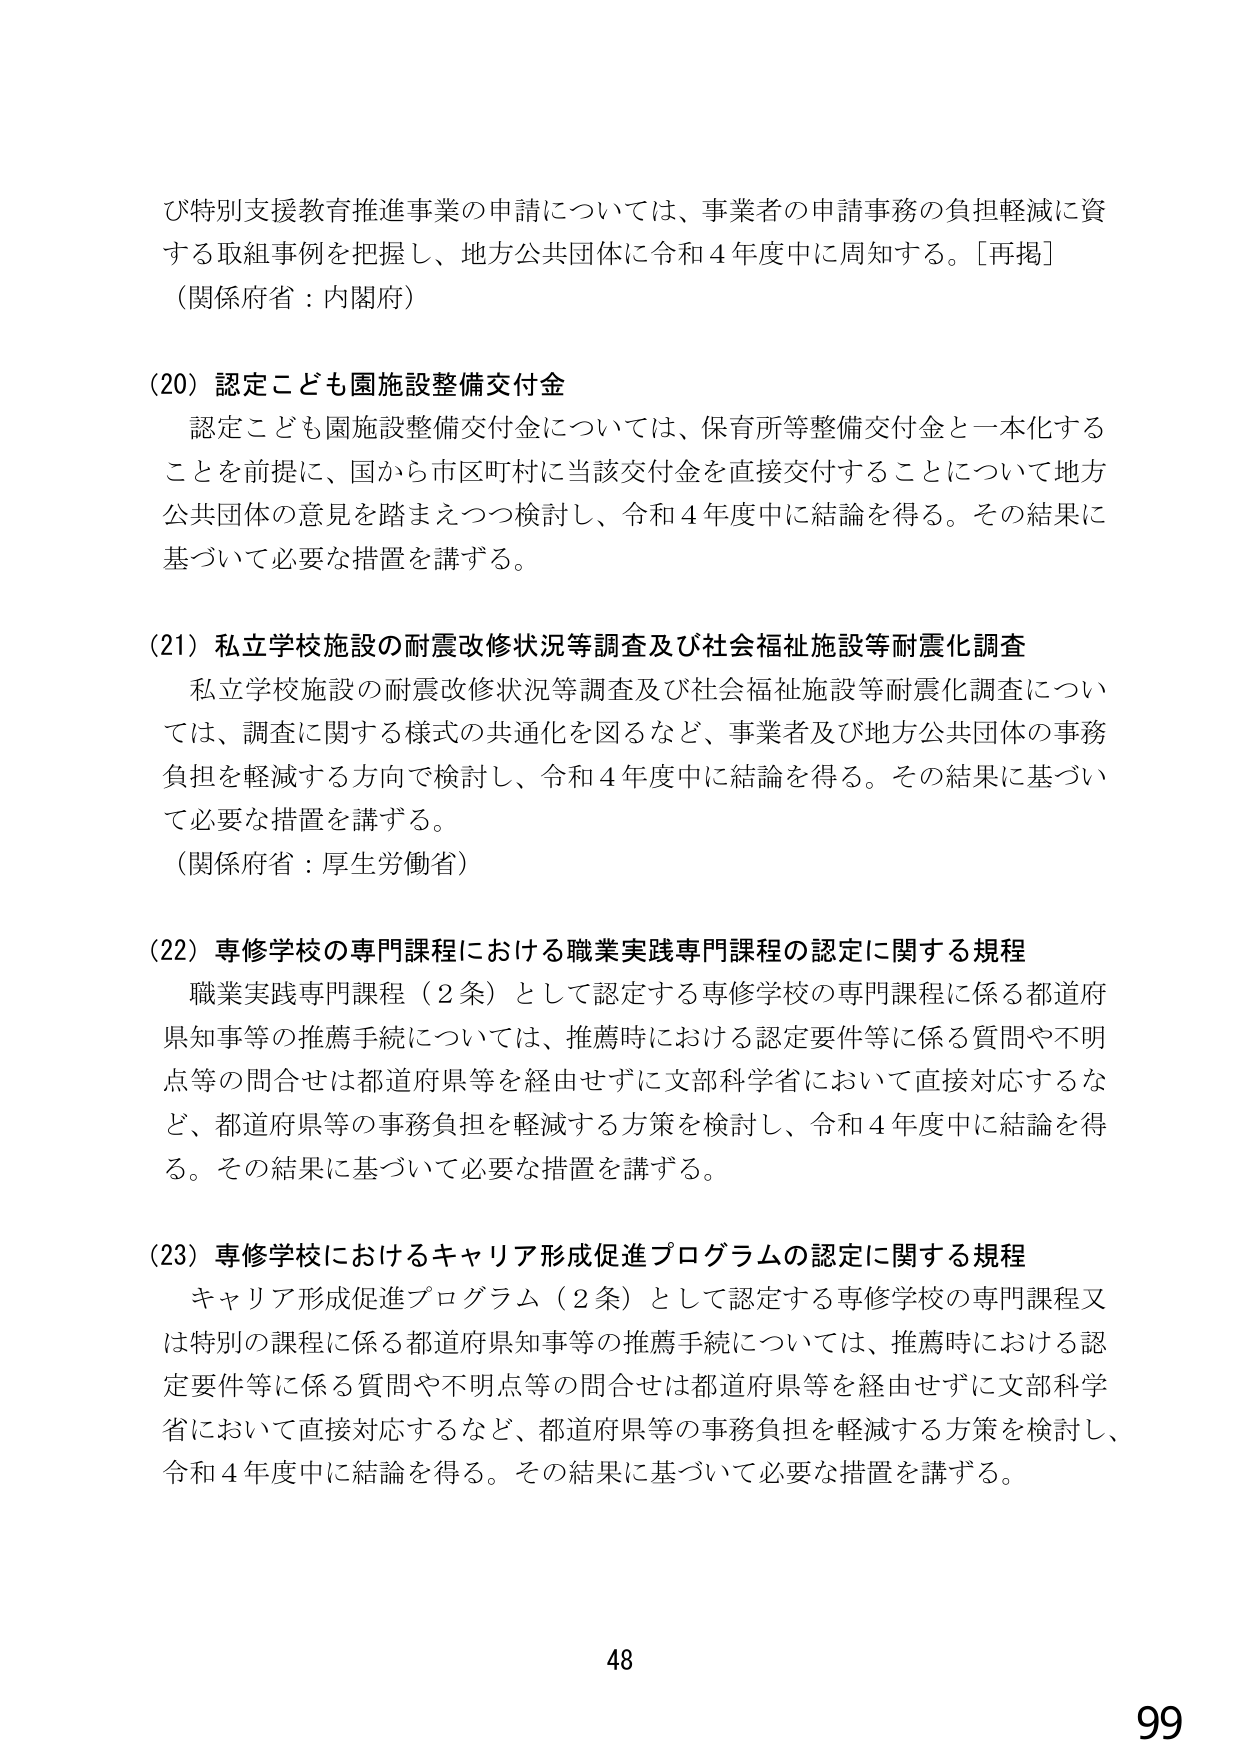
び特別支援教育推進事業の申請については、事業者の申請事務の負担軽減に資する取組事例を把握し、地方公共団体に令和４年度中に周知する。［再掲］
（関係府省：内閣府）

（20）認定こども園施設整備交付金
　認定こども園施設整備交付金については、保育所等整備交付金と一本化することを前提に、国から市区町村に当該交付金を直接交付することについて地方公共団体の意見を踏まえつつ検討し、令和４年度中に結論を得る。その結果に基づいて必要な措置を講ずる。

（21）私立学校施設の耐震改修状況等調査及び社会福祉施設等耐震化調査
　私立学校施設の耐震改修状況等調査及び社会福祉施設等耐震化調査については、調査に関する様式の共通化を図るなど、事業者及び地方公共団体の事務負担を軽減する方向で検討し、令和４年度中に結論を得る。その結果に基づいて必要な措置を講ずる。
（関係府省：厚生労働省）

（22）専修学校の専門課程における職業実践専門課程の認定に関する規程
　職業実践専門課程（２条）として認定する専修学校の専門課程に係る都道府県知事等の推薦手続については、推薦時における認定要件等に係る質問や不明点等の問合せは都道府県等を経由せずに文部科学省において直接対応するなど、都道府県等の事務負担を軽減する方策を検討し、令和４年度中に結論を得る。その結果に基づいて必要な措置を講ずる。

（23）専修学校におけるキャリア形成促進プログラムの認定に関する規程
　キャリア形成促進プログラム（２条）として認定する専修学校の専門課程又は特別の課程に係る都道府県知事等の推薦手続については、推薦時における認定要件等に係る質問や不明点等の問合せは都道府県等を経由せずに文部科学省において直接対応するなど、都道府県等の事務負担を軽減する方策を検討し、令和４年度中に結論を得る。その結果に基づいて必要な措置を講ずる。

48
99